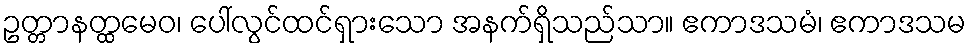
ဥတ္တာနတ္ထမေဝ၊ ပေါ်လွင်ထင်ရှားသော အနက်ရှိသည်သာ။ ဧကာဒသမံ၊ ဧကာဒသမ